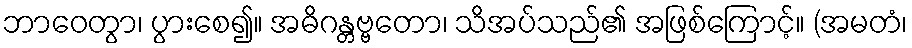
ဘာဝေတွာ၊ ပွားစေ၍။ အဓိဂန္တဗ္ဗတော၊ သိအပ်သည်၏ အဖြစ်ကြောင့်။ (အမတံ၊